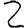
Digit: 2